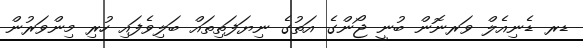
ޑރ ޑެނިއެލް ވަރނޮން ބުނީ ޖޯންގެ އަތުގެ ނިޔަފަތިތައް ބަލިވެފައި ހުރި މިންވަރުން